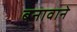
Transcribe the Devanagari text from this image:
बनावाने